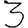
Digit: 3